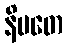
နိပတေ